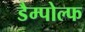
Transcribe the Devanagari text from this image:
डैम्पोल्फ